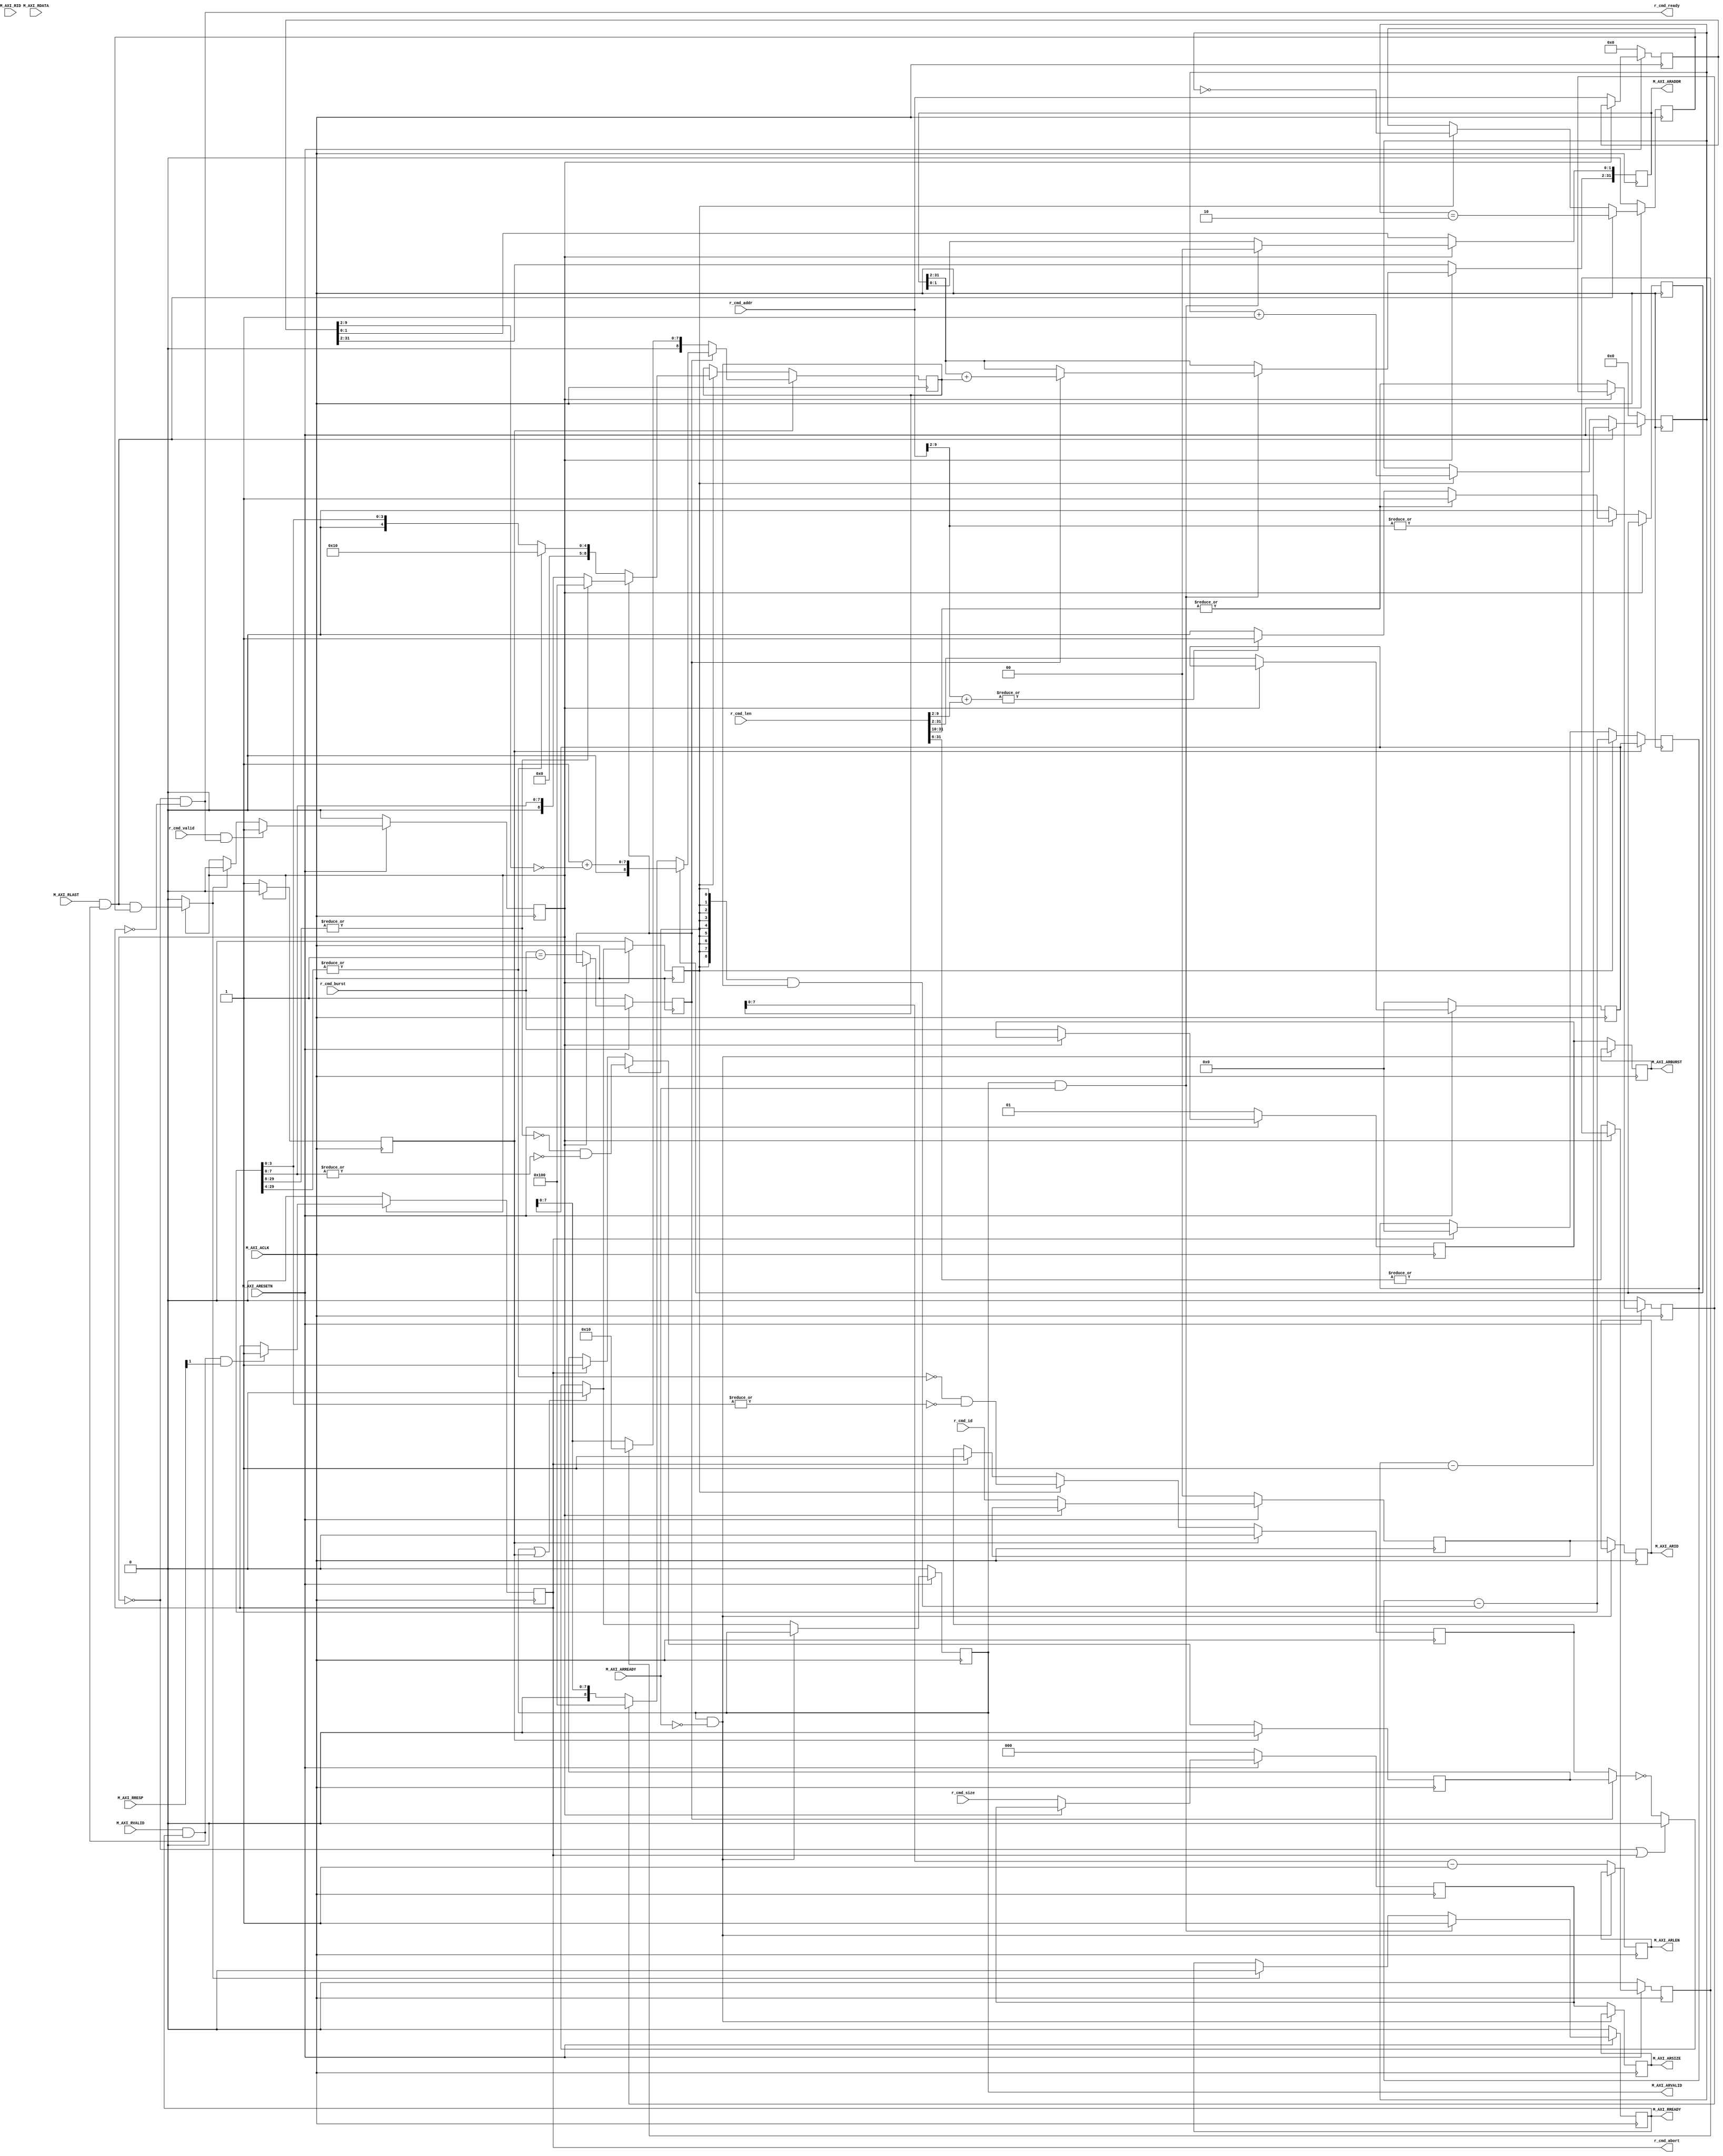
module axi_master_read #(
    parameter AXI_ID_WD   = 2,
    parameter AXI_DATA_WD = 32,
    parameter AXI_ADDR_WD = 32,
    parameter AXI_STRB_WD = 4
)(
    input                      M_AXI_ACLK,
    input                      M_AXI_ARESETN,    

    input                      r_cmd_valid,
    input  [AXI_ADDR_WD-1 : 0] r_cmd_addr,
    input  [AXI_ID_WD-1   : 0] r_cmd_id,
    input  [1 : 0]             r_cmd_burst,
    input  [2 : 0]             r_cmd_size,
    input  [AXI_ADDR_WD-1 : 0] r_cmd_len,
    output                     r_cmd_ready,
    output                     r_cmd_abort,

    output [AXI_ADDR_WD-1 : 0] M_AXI_ARADDR,
    output [AXI_ID_WD-1   : 0] M_AXI_ARID,
    output [1 : 0]             M_AXI_ARBURST,
    output [2 : 0]             M_AXI_ARSIZE,
    output [7 : 0]             M_AXI_ARLEN,
    output                     M_AXI_ARVALID,
    input                      M_AXI_ARREADY,

    input  [AXI_DATA_WD-1 : 0] M_AXI_RDATA,
    input                      M_AXI_RLAST,
    input  [AXI_ID_WD-1   : 0] M_AXI_RID,
    input  [1 : 0]             M_AXI_RRESP,
    input                      M_AXI_RVALID,
    output                     M_AXI_RREADY
);

localparam IW = AXI_ID_WD,
           DW = AXI_DATA_WD,
           AW = AXI_ADDR_WD,
           SW = AXI_STRB_WD;

localparam FIXED     = 2'b00,
           INCREMENT = 2'b01,
           WRAP      = 2'b10;

localparam ADDRLSB           = $clog2(DW) - 3;
localparam T_LGMAXBURST      = $clog2((4096 << 3) / DW);
localparam LGMAXBURST        = (T_LGMAXBURST < 8) ? T_LGMAXBURST : 8;
localparam LGMAX_FIXED_BURST = (T_LGMAXBURST < 4) ? T_LGMAXBURST : 4;
localparam AWT               = AW - ADDRLSB;

// instrumental variable
reg r_busy;
reg r_complete_combo;
reg pre_start;
reg start_burst_combo;
reg phantom_start;

// updata when !r_busy
reg [AW-1  : 0] araddr;
reg [IW-1  : 0] arid;
reg [AWT-1 : 0] arlent;
reg [1 : 0]     arburst;
reg [2 : 0]     arsize;

reg ar_incr_burst;
reg ar_full_incr_burst;
reg ar_full_fixed_burst;
reg ar_needs_alignment;

// outputs in regs
reg            axi_arvalid;
reg [IW-1 : 0] axi_arid;
reg [AW-1 : 0] axi_araddr;
reg [1 : 0]    axi_arburst;
reg [7 : 0]    axi_arlen;
reg [2 : 0]    axi_arsize;
reg            axi_rready;

// updata when phantom_start
reg [AWT-1 : 0] ar_requests_remaining;
reg [AWT-1 : 0] ar_next_remaining_combo;

reg ar_next_full_incr_burst_remaining_combo;
reg ar_none_incr_burst_remaining;
reg ar_none_incr_burst_remaining_combo;
reg ar_next_full_fixed_burst_remaining_combo;
reg ar_none_fixed_burst_remaining;
reg ar_none_fixed_burst_remaining_combo;

// first burst
reg [LGMAXBURST-1 : 0] addr_align_combo;
reg [LGMAXBURST   : 0] initial_burst_len_combo;
reg [LGMAXBURST   : 0] rd_max_burst;

// outstaning
reg [9 : 0] ar_burst_outstanding;
reg         ar_last_outstanding;

// error
reg axi_abort_pending;

wire r_fire     = r_cmd_valid   && r_cmd_ready;
wire arfire     = M_AXI_ARVALID && M_AXI_ARREADY;
wire rfire      = M_AXI_RVALID  && M_AXI_RREADY;
wire last_rfire = M_AXI_RLAST   && rfire;
wire ar_pending = M_AXI_ARVALID && !M_AXI_ARREADY;

// r_busy
always @(posedge M_AXI_ACLK) begin
    if (!M_AXI_ARESETN) begin
        r_busy <= 1'b0;
    end
    else if (r_fire) begin
        r_busy <= 1'b1;
    end
    else if (r_complete_combo) begin
        r_busy <= 1'b0;
    end
end

// pre_start
always @(posedge M_AXI_ACLK) begin
    if (!r_busy) begin
        pre_start <= 1'b1;
    end
    else begin
        pre_start <= 1'b0;
    end
end

// start_burst_combo
always @(*) begin
    start_burst_combo = !(ar_incr_burst ? ar_none_incr_burst_remaining : ar_none_fixed_burst_remaining);
    if (!r_busy || axi_abort_pending) begin
        start_burst_combo = 1'b0;
    end
    if (axi_arvalid || pre_start) begin
        start_burst_combo = 1'b0;
    end
end

// phantom_start
always @(posedge M_AXI_ACLK) begin
    if (!r_busy) begin
        phantom_start <= 1'b0;
    end
    else begin
        phantom_start <= start_burst_combo;
    end
end

// axi_arvalid
always @(posedge M_AXI_ACLK) begin
    if (!M_AXI_ARESETN) begin
        axi_arvalid <= 1'b0;
    end
    else if (!ar_pending) begin
        axi_arvalid <= start_burst_combo;
    end
end

// r_complete_combo
always @(*) begin
    if (!r_busy) begin
        r_complete_combo = 1'b0;
    end
    else begin
        r_complete_combo = last_rfire && ar_last_outstanding;
    end
end

// outstanding
always @(posedge M_AXI_ACLK) begin
    if (!M_AXI_ARESETN) begin
        ar_burst_outstanding <= 'b0;
        ar_last_outstanding  <= 1'b0;
    end
    else begin
        if (phantom_start) begin
            ar_burst_outstanding <= ar_burst_outstanding + 1'b1;
            ar_last_outstanding  <= (ar_burst_outstanding == 1'b0);
        end
        if (last_rfire) begin
            ar_burst_outstanding <= ar_burst_outstanding - 1'b1;
            ar_last_outstanding  <= (ar_burst_outstanding == 'd2);
        end
    end
end

// axi_abort_pending
always @(posedge M_AXI_ACLK) begin
    if (!r_busy) begin
        axi_abort_pending <= 1'b0;
    end
    else if (rfire && M_AXI_RRESP[1]) begin
        axi_abort_pending <= 1'b1;
    end
end

// regist data
always @(posedge M_AXI_ACLK) begin
    if (!M_AXI_ARESETN) begin
        arburst <= INCREMENT;
        arsize  <= 'b0;
        arlent  <= 'b0;
        arid    <= 'b0;
        araddr  <= 'b0;

        ar_incr_burst       <= 1'b1;
        ar_full_incr_burst  <= 1'b0;
        ar_full_fixed_burst <= 1'b0; 
    end
    else if (!r_busy) begin 
        arburst <= r_cmd_burst;
        arsize  <= r_cmd_size;
        arlent  <= r_cmd_len[AW-1 : ADDRLSB];
        arid    <= r_cmd_id;
        araddr  <= r_cmd_addr;

        ar_incr_burst       <= (r_cmd_burst == INCREMENT);
        ar_full_incr_burst  <= |r_cmd_len[AW-1 : (ADDRLSB+LGMAXBURST)];
        ar_full_fixed_burst <= |r_cmd_len[AW-1 : (ADDRLSB+LGMAX_FIXED_BURST)];
    end
end

// axi_arburst, axi_arid, axi_arsize
always @(posedge M_AXI_ACLK) begin
    if (!ar_pending) begin
        axi_arburst <= arburst;
        axi_arid    <= arid;
        axi_arsize  <= arsize;
    end
end

// ar_needs_alignmeng
always @(posedge M_AXI_ACLK) begin
    if (!r_busy) begin
        ar_needs_alignment <= 1'b0;
        if (|r_cmd_addr[(ADDRLSB+LGMAXBURST-1) : ADDRLSB]) begin
            if (|r_cmd_len[AW-1 : (LGMAXBURST+ADDRLSB)]) begin
                ar_needs_alignment <= 1'b1;
            end
            else if (|(r_cmd_addr[(ADDRLSB+LGMAXBURST-1) : ADDRLSB] + r_cmd_len[(ADDRLSB+LGMAXBURST-1) : ADDRLSB])) begin
                ar_needs_alignment <= 1'b1;
            end
        end
    end
end

// initial_burst_len_combo
always @(*) begin
    // araddr[(ADDRLSB+LGMAXBURST-1) : ADDRLSB] + (1 + ~araddr[(ADDRLSB+LGMAXBURST-1) : ADDRLSB]) = 'b0; 
    addr_align_combo        = 1'b1 + (~araddr[(ADDRLSB+LGMAXBURST-1) : ADDRLSB]);
    initial_burst_len_combo = (1 << LGMAXBURST);
    if (!ar_incr_burst) begin
        initial_burst_len_combo = (1 << LGMAX_FIXED_BURST);
        if (!ar_full_fixed_burst) begin
            initial_burst_len_combo = {1'b0, arlent[LGMAXBURST-1 : 0]};
        end
    end
    else if (ar_needs_alignment) begin
        initial_burst_len_combo = {1'b0, addr_align_combo};
    end
    else if (!ar_full_incr_burst) begin
        initial_burst_len_combo = {1'b0, arlent[LGMAXBURST-1 : 0]};
    end
end

// rd_max_burst
always @(posedge M_AXI_ACLK) begin
    if (pre_start) begin
        rd_max_burst <= initial_burst_len_combo;
    end
    else if (phantom_start) begin
        if (ar_incr_burst) begin
            if (!ar_next_full_incr_burst_remaining_combo) begin
                rd_max_burst <= {1'b0, ar_next_remaining_combo[7 : 0]};
            end
            else begin
                rd_max_burst <= (1 << LGMAXBURST);
            end
        end
        else begin
            if (!ar_next_full_fixed_burst_remaining_combo) begin
                rd_max_burst <= {4'b0, ar_next_remaining_combo[3 : 0]};
            end
            else begin
                rd_max_burst <= (1 << LGMAX_FIXED_BURST);
            end
        end
    end
end

always @(posedge M_AXI_ACLK) begin
    if (!ar_pending) begin
        axi_arlen <= rd_max_burst - 1'b1;
    end
end

// updata when phantom_start
always @(posedge M_AXI_ACLK) begin
    if (pre_start) begin
        ar_requests_remaining         <= arlent;
        ar_none_incr_burst_remaining  <= 1'b0;
        ar_none_fixed_burst_remaining <= 1'b0;
    end
    else if (phantom_start) begin
        ar_requests_remaining         <= ar_next_remaining_combo;
        ar_none_incr_burst_remaining  <= ar_none_incr_burst_remaining_combo;
        ar_none_fixed_burst_remaining <= ar_none_fixed_burst_remaining_combo;
    end
    else if (axi_abort_pending) begin
        ar_requests_remaining         <= 'b0;
        ar_none_incr_burst_remaining  <= 1'b1;
        ar_none_fixed_burst_remaining <= 1'b1;
    end
end

always @(*) begin
    // ar_requests_remaining - (M_AXI_ARLEN + 1)
    ar_next_remaining_combo                  = ar_requests_remaining - ({(LGMAXBURST+1){phantom_start}} & rd_max_burst);
    ar_next_full_incr_burst_remaining_combo  = |ar_next_remaining_combo[AWT-1 : LGMAXBURST];
    ar_next_full_fixed_burst_remaining_combo = |ar_next_remaining_combo[AWT-1 : LGMAX_FIXED_BURST];
    ar_none_incr_burst_remaining_combo       = !ar_next_full_incr_burst_remaining_combo && !(|ar_next_remaining_combo[LGMAXBURST-1 : 0]);
    ar_none_fixed_burst_remaining_combo      = !ar_next_full_fixed_burst_remaining_combo && !(|ar_next_remaining_combo[LGMAX_FIXED_BURST-1 : 0]);
end

// axi_araddr
always @(posedge M_AXI_ACLK) begin
    if (!r_busy) begin
        axi_araddr <= araddr;
    end
    else if (arfire) begin
        axi_araddr[ADDRLSB-1 : 0] <= 'b0;
        if (ar_incr_burst) begin
            axi_araddr[AW-1 : ADDRLSB] <=axi_araddr[AW-1 : ADDRLSB] + rd_max_burst; 
        end
    end
end

// axi_rready
always @(posedge M_AXI_ACLK) begin
    if (!M_AXI_ARESETN) begin
        axi_rready <= 1'b0;
    end 
    else if (arfire) begin
        axi_rready <= 1'b1;
    end
    else if (r_complete_combo) begin
        axi_rready <= 1'b0;
    end
end

assign r_cmd_ready   = !r_busy && !axi_abort_pending;
assign r_cmd_abort   = axi_abort_pending;

assign M_AXI_ARVALID = axi_arvalid;
assign M_AXI_ARADDR  = axi_araddr;
assign M_AXI_ARID    = axi_arid;
assign M_AXI_ARBURST = axi_arburst;
assign M_AXI_ARSIZE  = axi_arsize;
assign M_AXI_ARLEN   = axi_arlen;

assign M_AXI_RREADY  = axi_rready;

endmodule